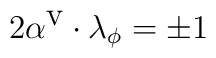
2\alpha ^{\textrm{v}}\cdot \lambda _{\phi }=\pm 1